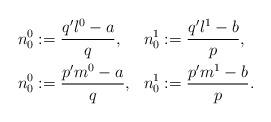
LaTeX: \begin{align*}\begin{aligned}n_0^0 &:= \frac{q'l^0-a}{q}, & n_0^1 &:= \frac{q'l^1-b}{p}, \\n_0^0 &:= \frac{p'm^0-a}{q}, & n_0^1 &:= \frac{p'm^1-b}{p}. \end{aligned}\end{align*}